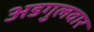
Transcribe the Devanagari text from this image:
अडगुलवार